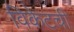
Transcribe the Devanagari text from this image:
विकेटची